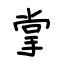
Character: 掌